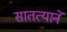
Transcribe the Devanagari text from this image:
सातत्यानें